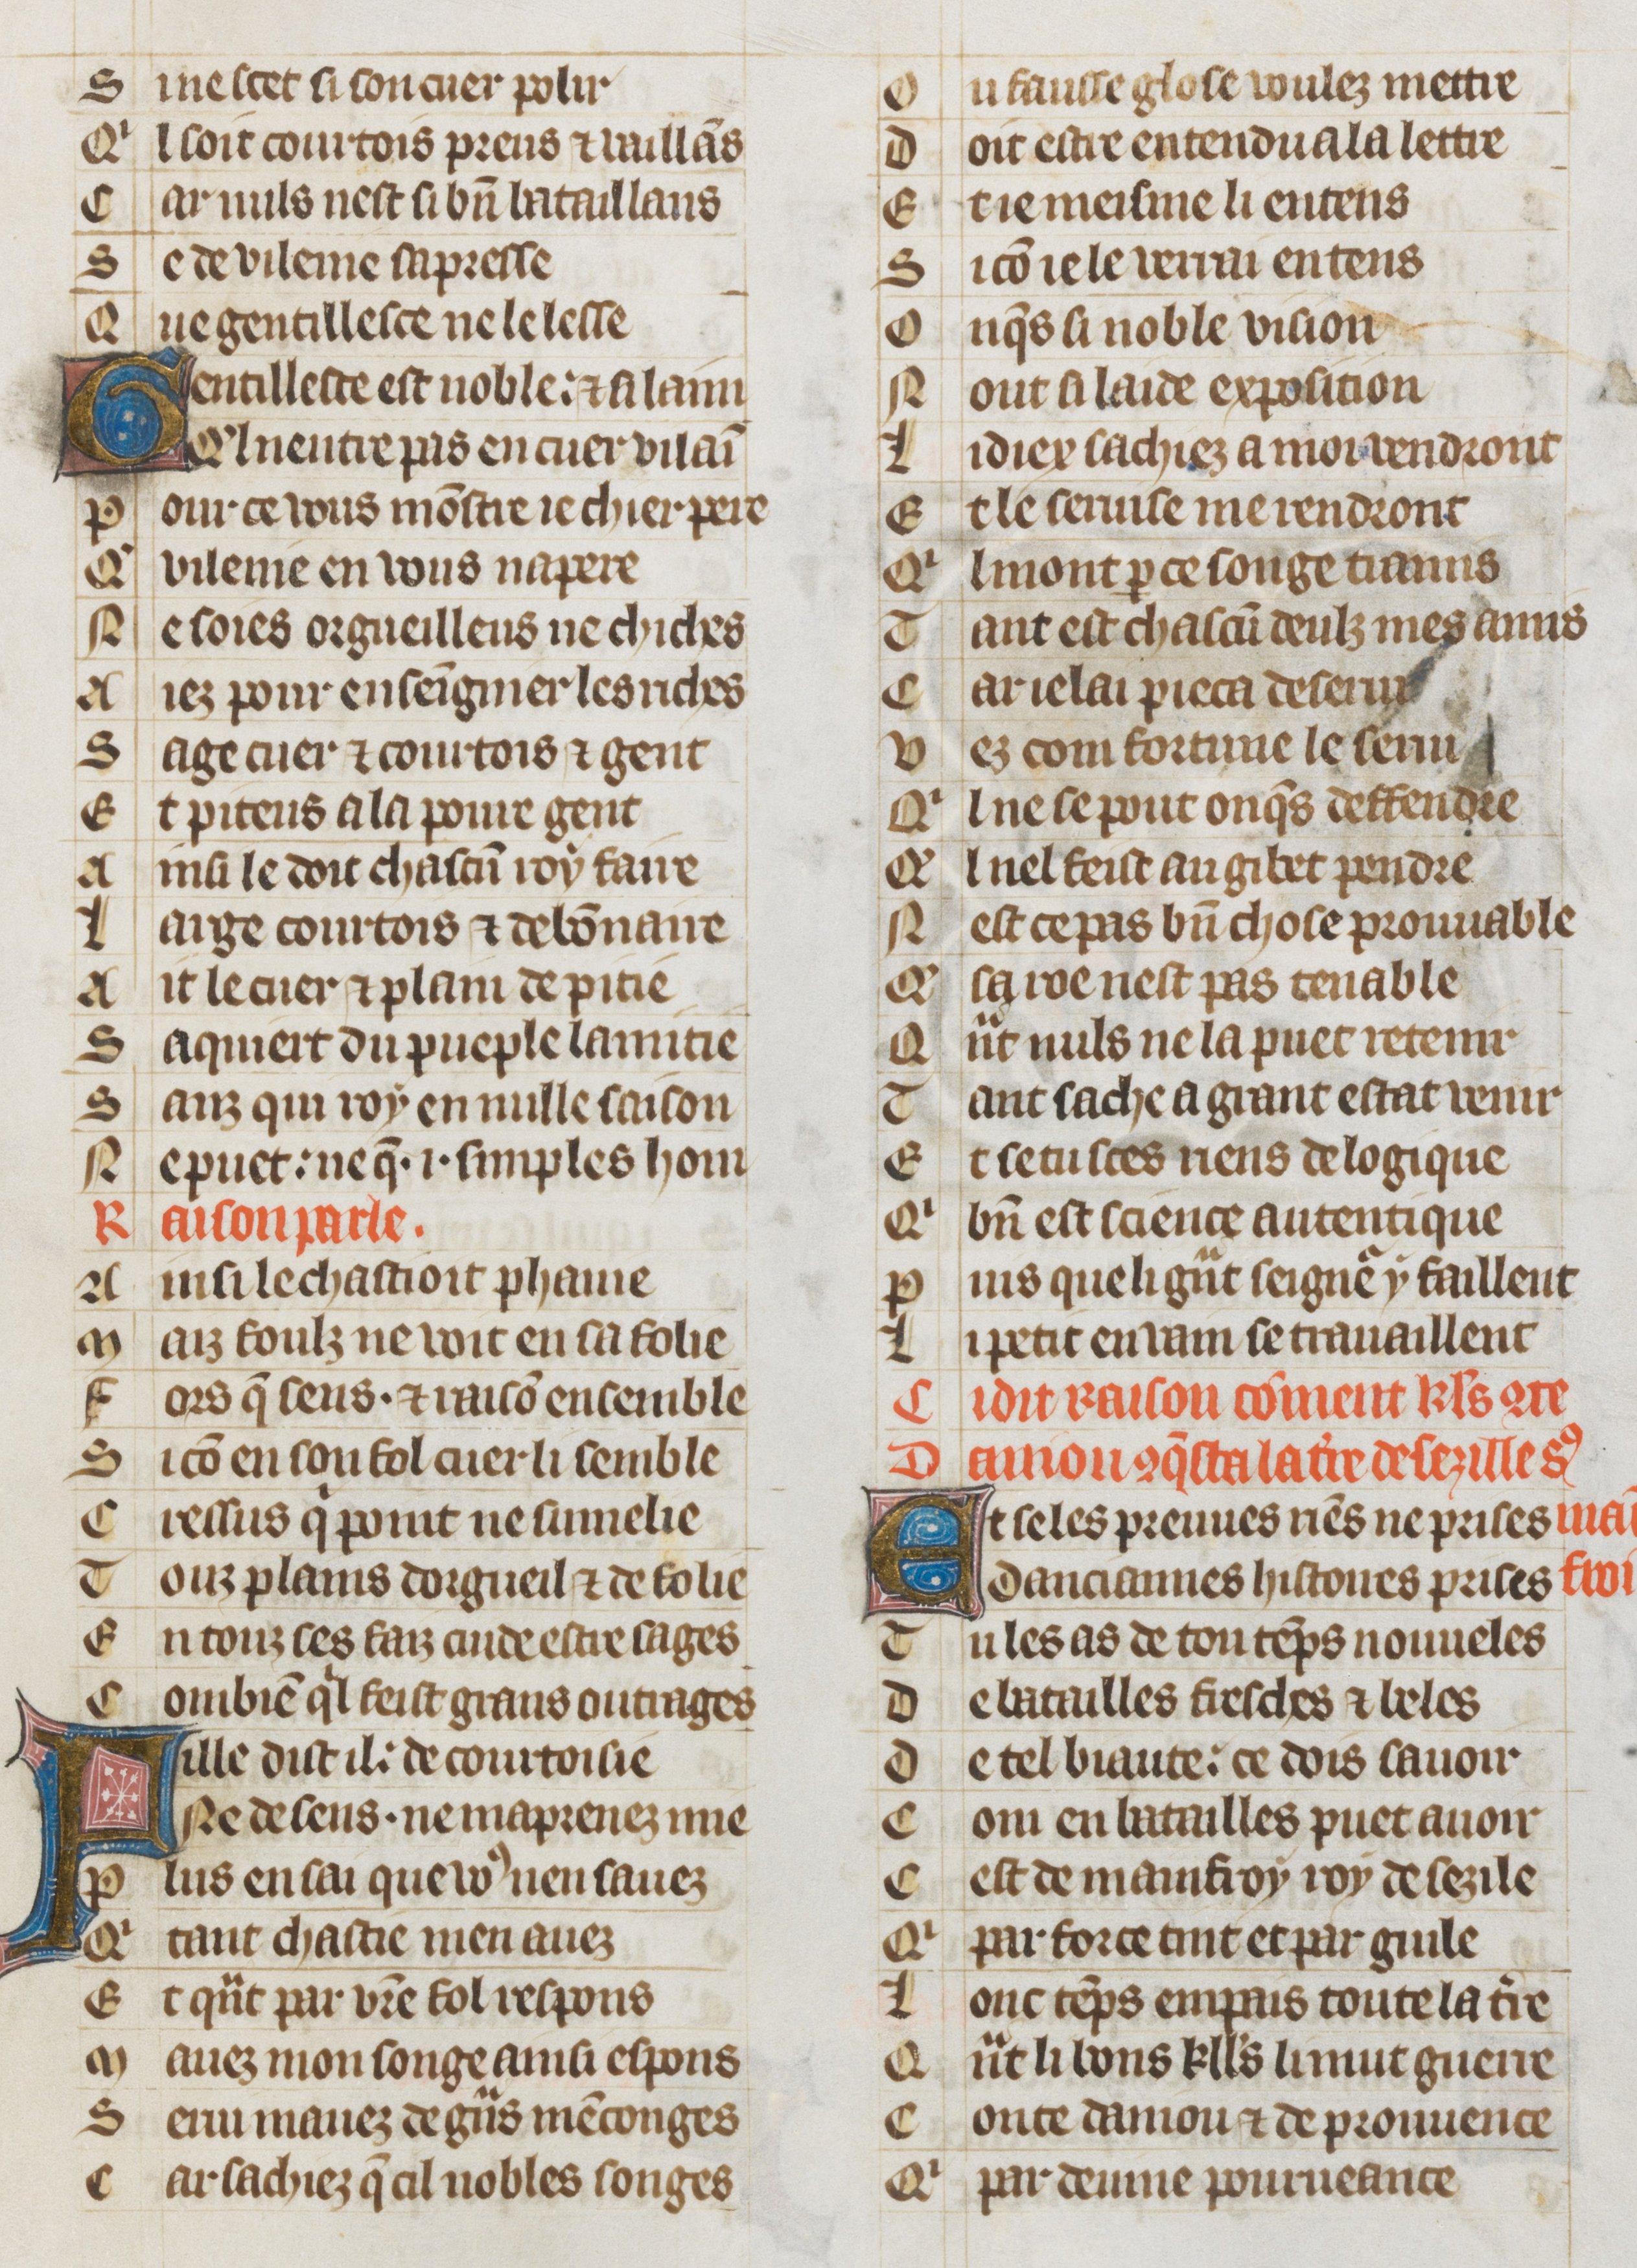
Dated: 1353–1353